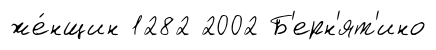
же́нщин 1282 2002 Б'ерн'ят'ино